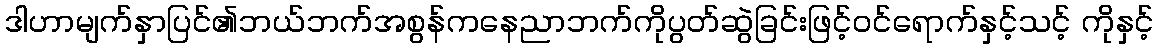
ဒါဟာမျက်နှာပြင်၏ဘယ်ဘက်အစွန်ကနေညာဘက်ကိုပွတ်ဆွဲခြင်းဖြင့်ဝင်ရောက်နှင့်သင့် ကိုနှင့်